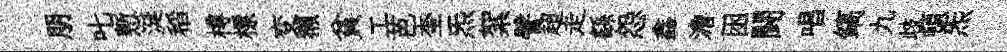
朋叱慙涎稻樽標变獺貧工芭奎炁絮譬超走繇怨鑫澹囦闘唱鎬九歧頓炁